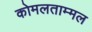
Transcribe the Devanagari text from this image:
कोमलताम्मल